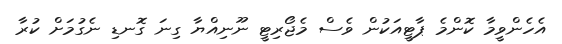
އެހެންވީމާ ކޮންމެ ޕާޓީއަކުން ވެސް މެޖޯރިޓީ ނޫނިއްޔާ ގިނަ ގޮނޑި ނެގުމަށް ކުރާ